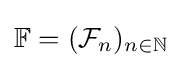
\mathbb {F} =({\mathcal {F}}_{n})_{n\in \mathbb {N} }